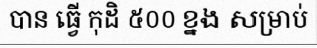
បាន ធ្វើ កុដិ ៥០០ ខ្នង សម្រាប់